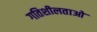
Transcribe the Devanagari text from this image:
गतिशीलताओ